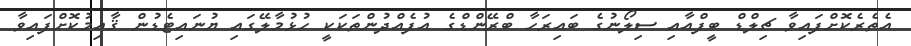
އެތެރެކޮށްފައިވާ ޗިލްޑް ބީފްއާއި ސިލޯނުގެ ބައިރަހާ ބްރޭންޑްގެ އުފެއްދުންތަކަކީ ހުޅުމާލޭގައި ޔުނައިޓެޑުން ޤާއިމުކޮށްފައިވާ